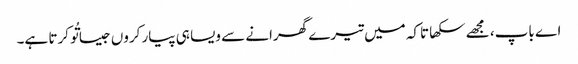
اے باپ، مجھے سکھا تاکہ میں تیرے گھرانے سے ویسا ہی پیار کروں جیسا تُو کرتا ہے۔